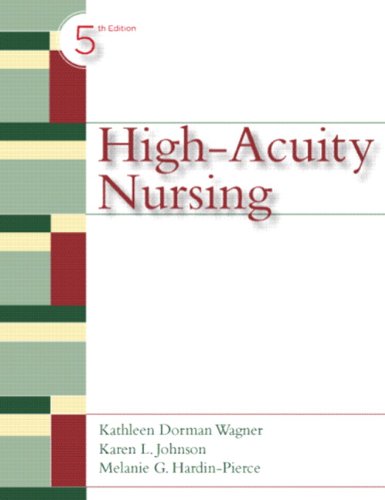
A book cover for High-Acuity Nursing, 5th Edition; Kathleen Dorman Wagner; Medical Books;